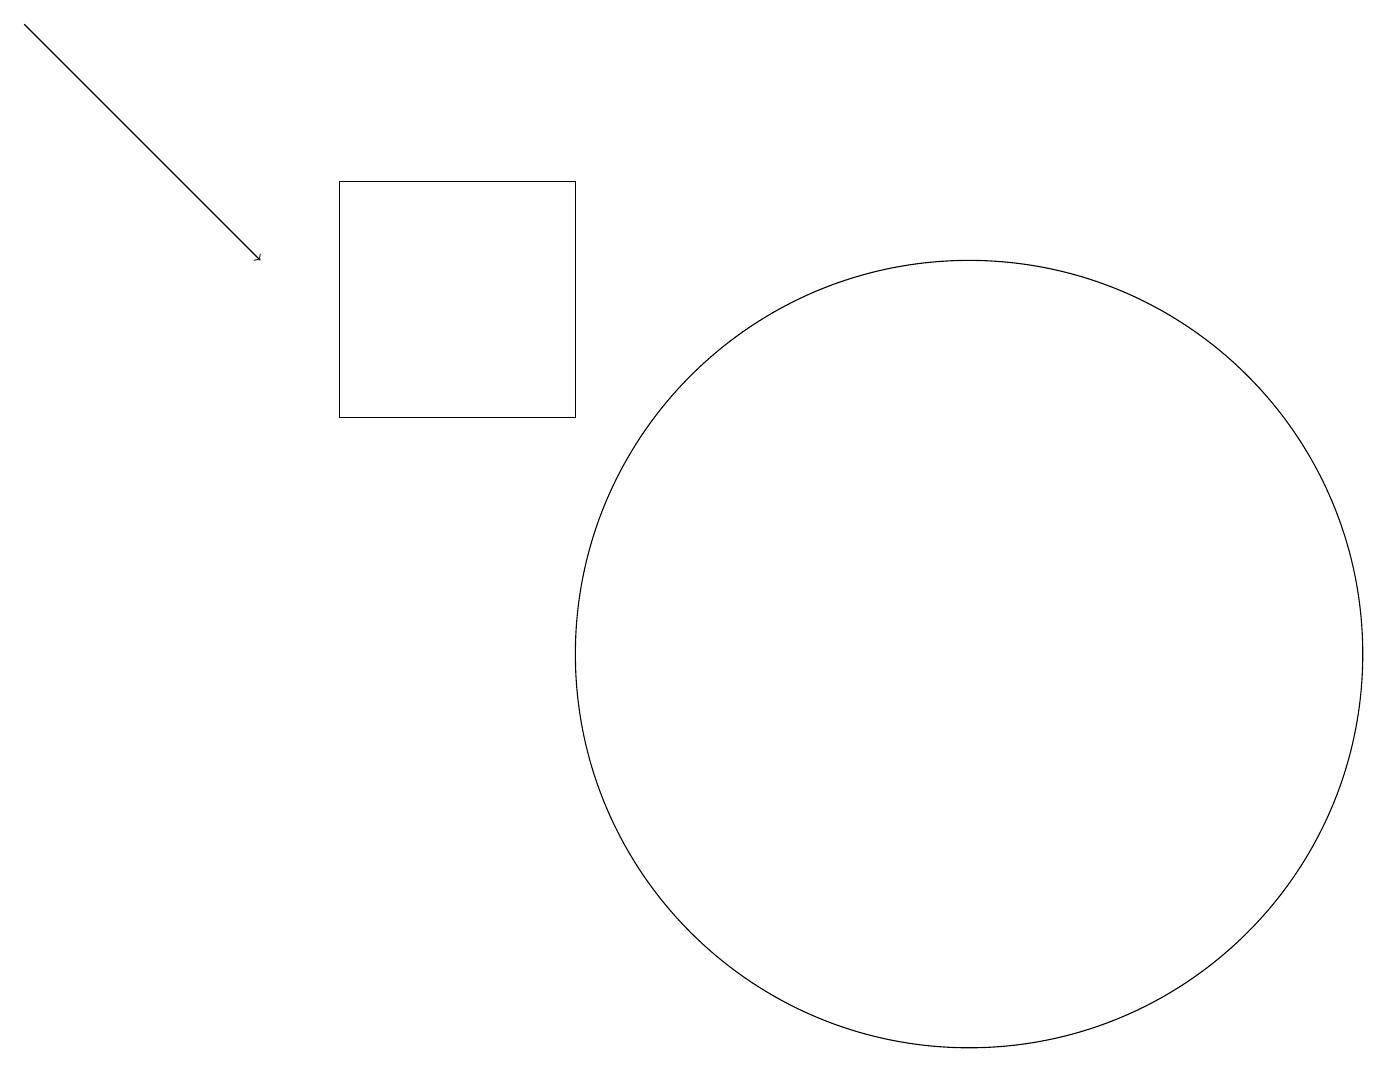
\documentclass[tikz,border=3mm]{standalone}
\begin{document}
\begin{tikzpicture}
\draw (12,11) circle (5);
\draw (4,14) rectangle (7,17);
\draw[->] (0,19) -- (3,16);
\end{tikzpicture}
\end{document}